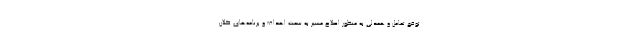
توقع تعامل و همدلی به منظور اصلاح مسیر به سمت اهداف و برنامه‌هاي كلان